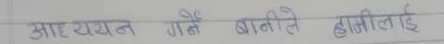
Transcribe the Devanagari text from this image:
आध्ययन गर्ने बानीले हामीलाई